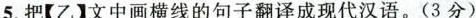
5.把【乙】文中画横线的句子翻译成现代汉语。(3分)